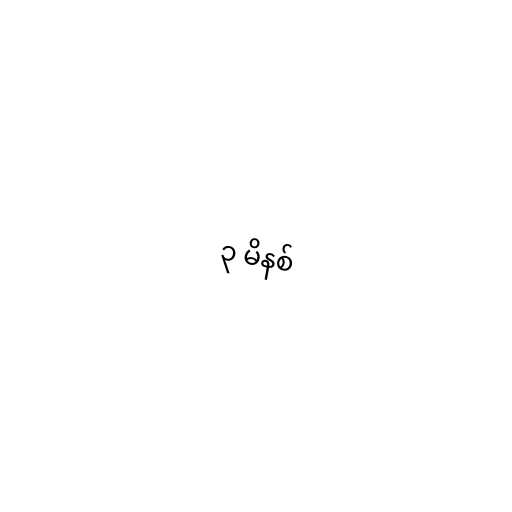
၃ မိနစ်